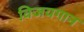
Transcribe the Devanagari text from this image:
विजयगान